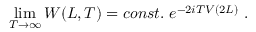
\operatorname * { l i m } _ { T \to \infty } { \cal W } ( L , T ) = c o n s t . \ e ^ { - 2 i T V ( 2 L ) } \ .